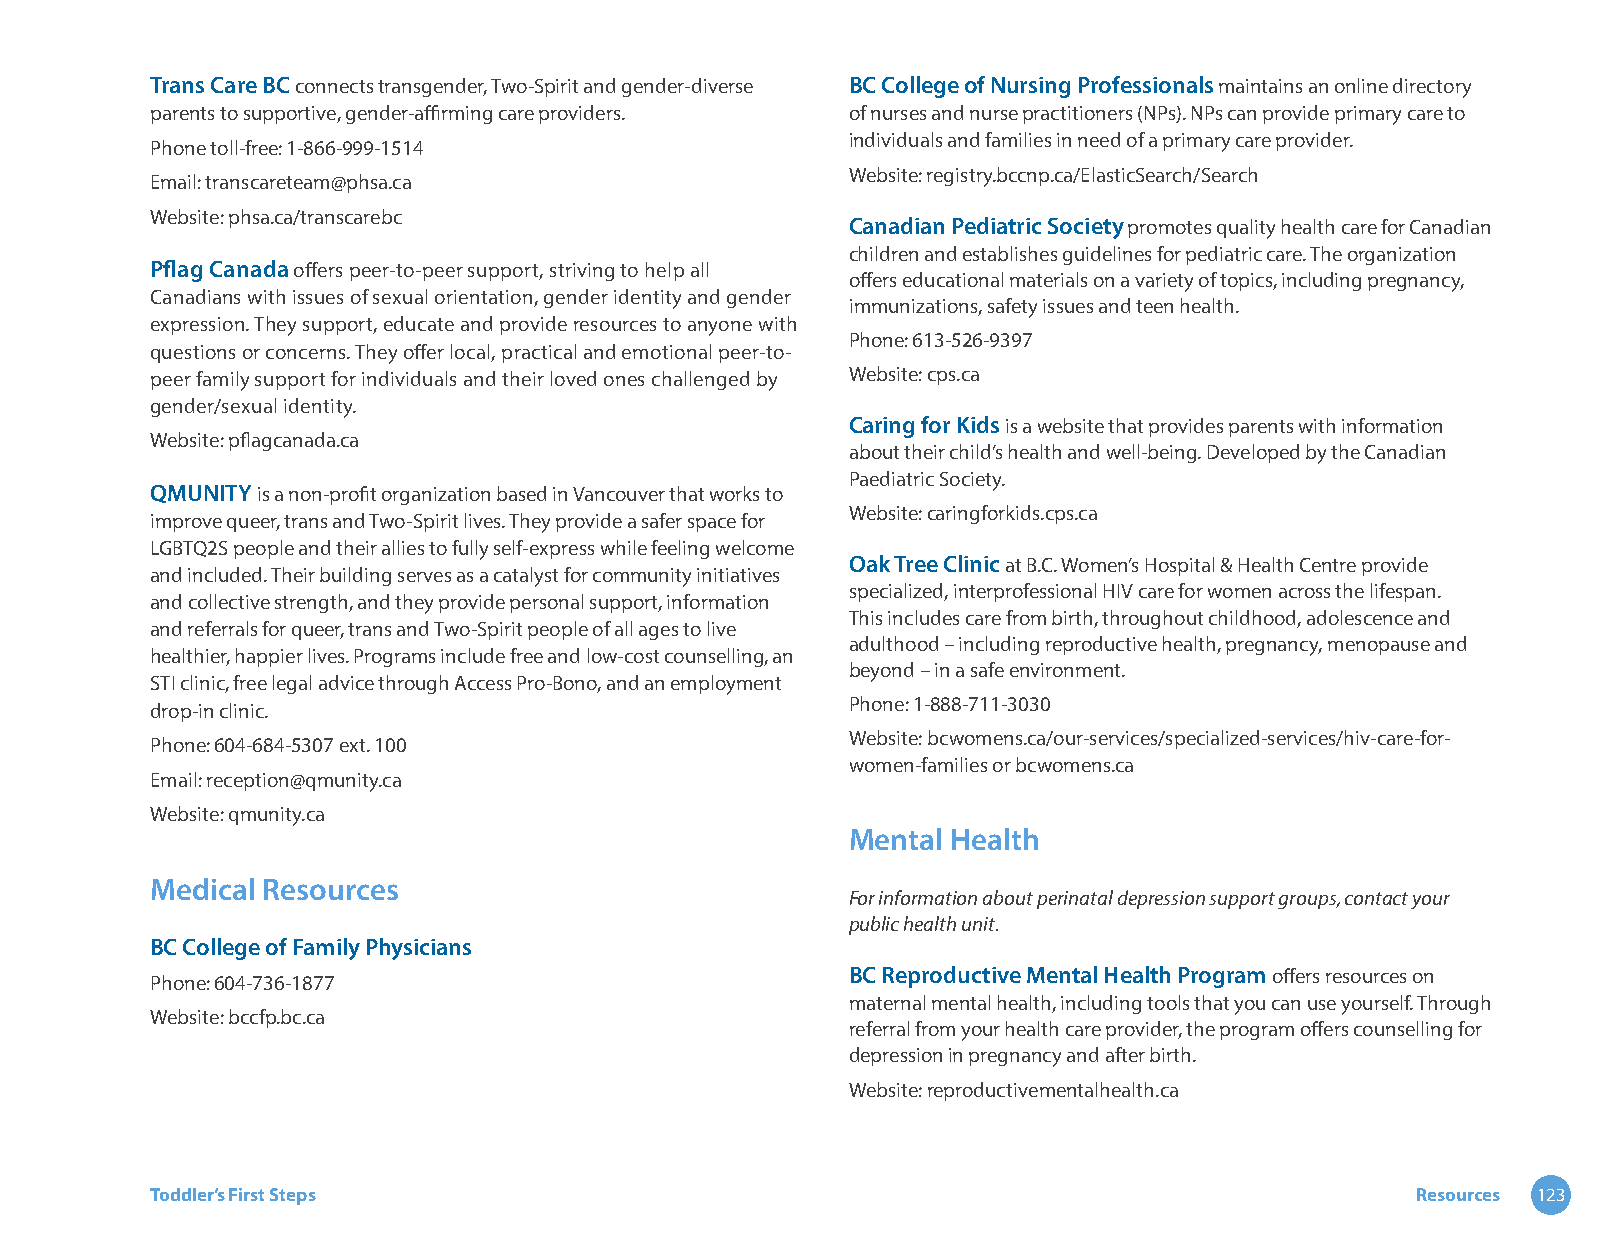
Trans Care BC connects transgender, Two-Spirit and gender-diverse BC College of Nursing Professionals maintains an online directory
 parents to supportive, gender-affirming care providers. of nurses and nurse practitioners (NPs). NPs can provide primary care to
 individuals and families in need of a primary care provider.
 Phone toll-free: 1-866-999-1514
 Website: registry.bccnp.ca/ElasticSearch/Search
 Email: transcareteam@phsa.ca
 Website: phsa.ca/transcarebc
 Canadian Pediatric Society promotes quality health care for Canadian
 children and establishes guidelines for pediatric care. The organization
 Pflag Canada offers peer-to-peer support, striving to help all
 offers educational materials on a variety of topics, including pregnancy,
 Canadians with issues of sexual orientation, gender identity and gender
 immunizations, safety issues and teen health.
 expression. They support, educate and provide resources to anyone with
 Phone: 613-526-9397
 questions or concerns. They offer local, practical and emotional peer-to-
 peer family support for individuals and their loved ones challenged by Website: cps.ca
 gender/sexual identity.
 Caring for Kids is a website that provides parents with information
 Website: pflagcanada.ca
 about their child’s health and well-being. Developed by the Canadian
 Paediatric Society.
 QMUNITY is a non-profit organization based in Vancouver that works to
 Website: caringforkids.cps.ca
 improve queer, trans and Two-Spirit lives. They provide a safer space for
 LGBTQ2S people and their allies to fully self-express while feeling welcome
 Oak Tree Clinic at B.C. Women’s Hospital & Health Centre provide
 and included. Their building serves as a catalyst for community initiatives
 specialized, interprofessional HIV care for women across the lifespan.
 and collective strength, and they provide personal support, information
 This includes care from birth, throughout childhood, adolescence and
 and referrals for queer, trans and Two-Spirit people of all ages to live
 adulthood – including reproductive health, pregnancy, menopause and
 healthier, happier lives. Programs include free and low-cost counselling, an
 beyond – in a safe environment.
 STI clinic, free legal advice through Access Pro-Bono, and an employment
 Phone: 1-888-711-3030
 drop-in clinic.
 Website: bcwomens.ca/our-services/specialized-services/hiv-care-for-
 Phone: 604-684-5307 ext. 100
 women-families or bcwomens.ca
 Email: reception@qmunity.ca
 Website: qmunity.ca
 Mental Health
 Medical Resources
 For information about perinatal depression support groups, contact your
 public health unit.
 BC College of Family Physicians
 Phone: 604-736-1877                           BC Reproductive Mental Health Program offers resources on
 maternal mental health, including tools that you can use yourself. Through
 Website: bccfp.bc.ca
 referral from your health care provider, the program offers counselling for
 depression in pregnancy and after birth.
 Website: reproductivementalhealth.ca
 Toddler’s First Steps                                                               Resources 123